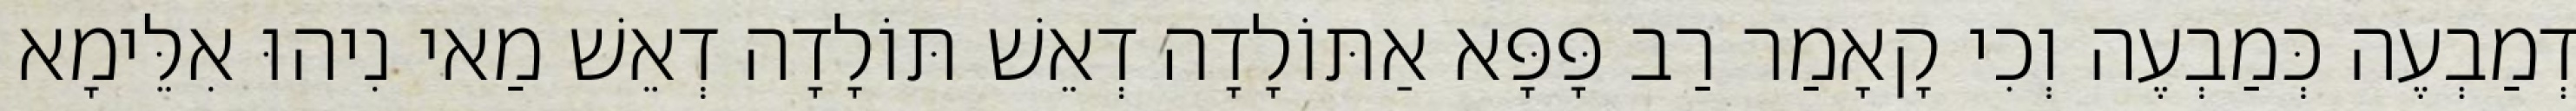
דְמַבְעֶה כְּמַבְעֶה וְכִי קָאָמַר רַב פָּפָּא אַתּוֹלָדָה דְאֵשׁ תּוֹלָדָה דְאֵשׁ מַאי נִיהוּ אִלֵּימָא